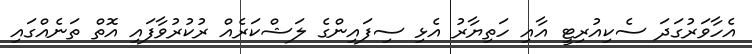
އެހާވަރުގަދަ ސެކިއުރިޓީ އާއި ހަތިޔާރު އެޅި ސިފައިންގެ ލަޝްކަރެއް ރުކުރުވާފައި އޮތް ތަނެއްގައި